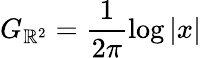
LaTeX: G_{\mathbb{R}^{2}}=\frac{1}{2\pi}\log|x|